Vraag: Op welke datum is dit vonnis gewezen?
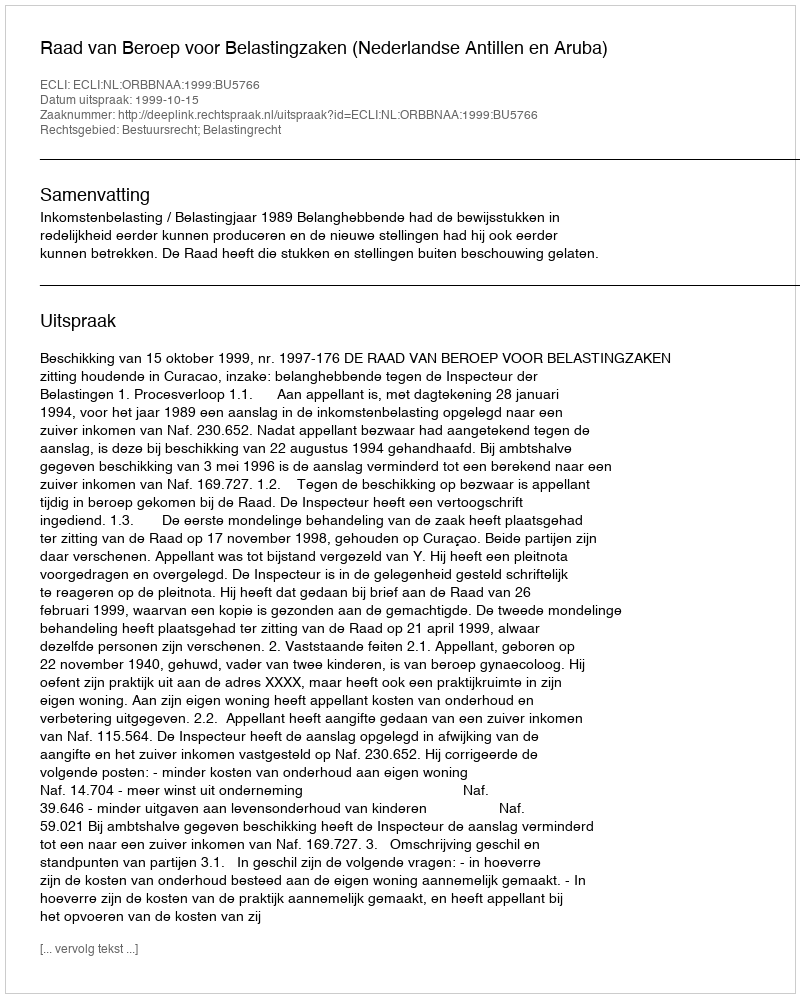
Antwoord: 1999-10-15